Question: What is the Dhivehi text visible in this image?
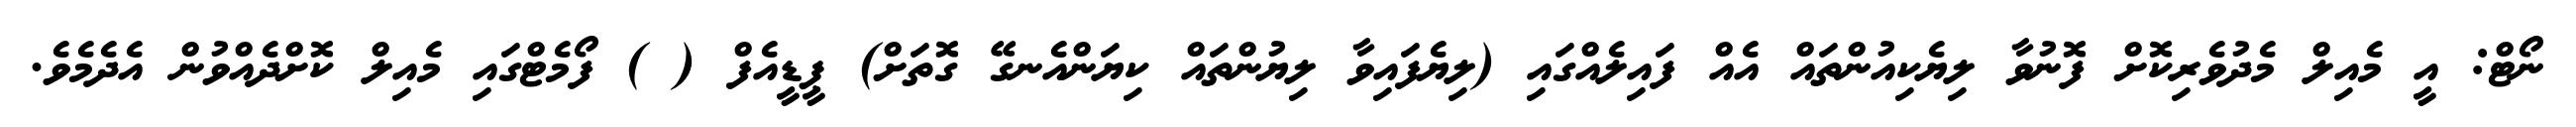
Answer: ނޯޓް: އީ މެއިލް މެދުވެރިކޮށް ފޮނުވާ ލިޔެކިއުންތައް އެއް ފައިލެއްގައި (ލިޔެފައިވާ ލިޔުންތައް ކިޔަންއެނގޭ ގޮތަށް) ޕީޑީއެފް ( ) ފޯމެޓްގައި މެއިލް ކޮށްދެއްވުން އެދެމެވެ.